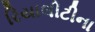
રિયાલીટીના